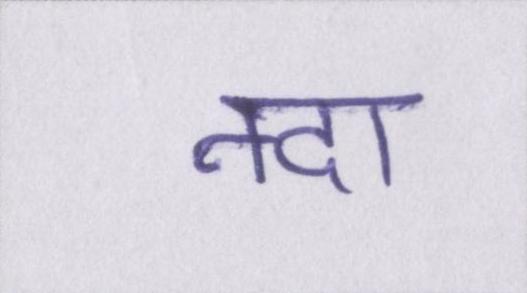
नदा